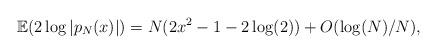
LaTeX: \begin{align*}\mathbb{E}(2\log|p_{N}(x)|) = N(2x^{2}-1-2\log(2)) + O(\log(N)/N),\end{align*}